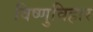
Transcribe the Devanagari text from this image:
विष्णुविहार